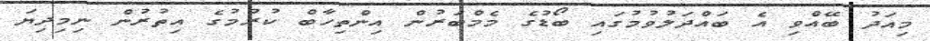
މިއަދު ބޭއްވި އެ ބައްދަލުވުމުގައި ބޯޑުގެ މެމްބަރުން އިންތިހާބް ކުރުމުގެ އިތުރުން ނިމިދިޔަ